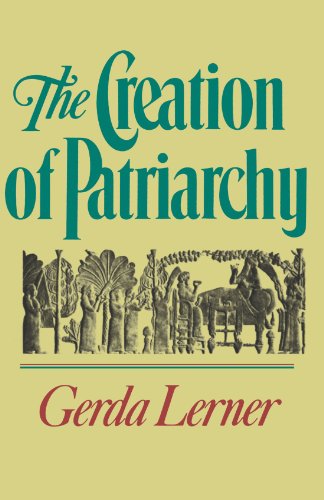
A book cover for The Creation of Patriarchy (Women and History; V. 1); Gerda Lerner; Politics & Social Sciences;